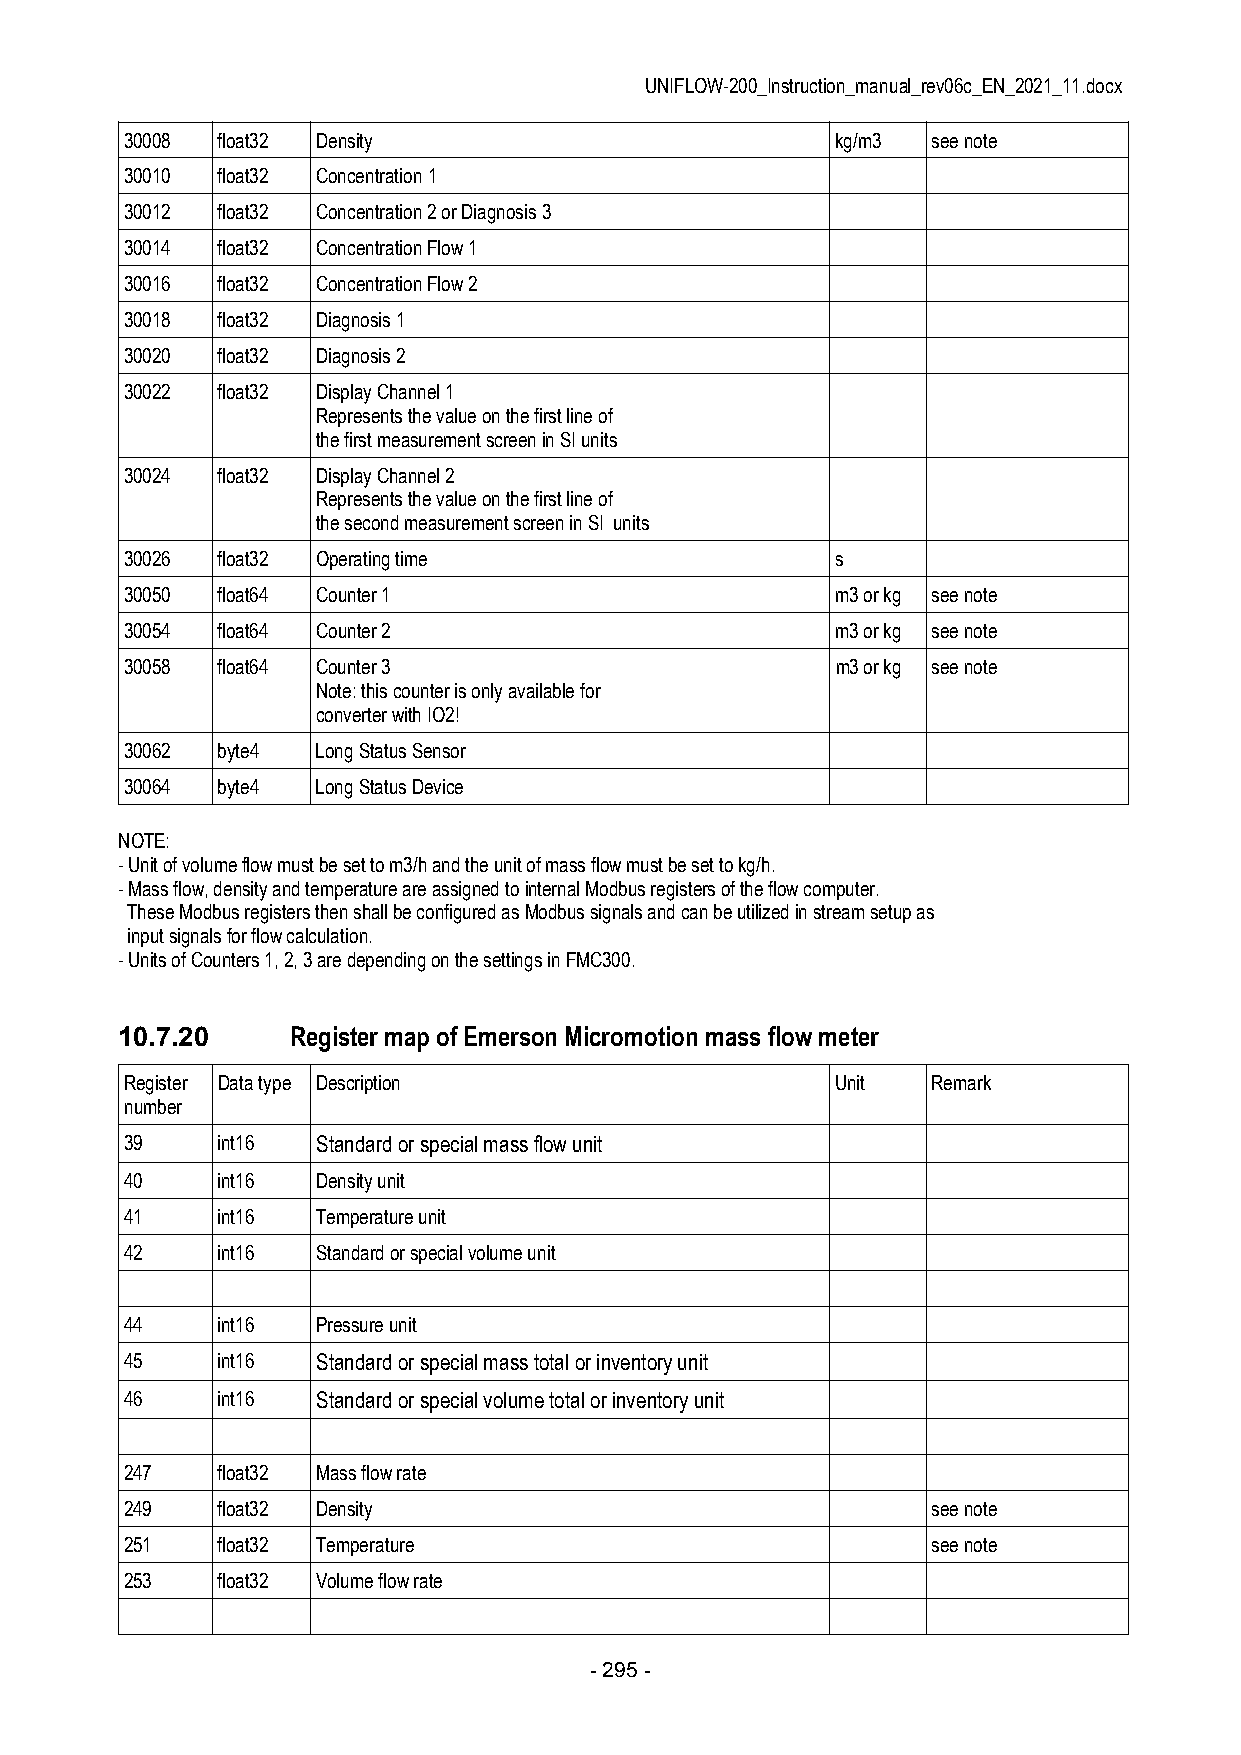
UNIFLOW-200_Instruction_manual_rev06c_EN_2021_11.docx
 30008 float32 Density                          kg/m3  see note
 30010 float32 Concentration 1
 30012 float32 Concentration 2 or Diagnosis 3
 30014 float32 Concentration Flow 1
 30016 float32 Concentration Flow 2
 30018 float32 Diagnosis 1
 30020 float32 Diagnosis 2
 30022 float32 Display Channel 1
 Represents the value on the first line of
 the first measurement screen in SI units
 30024 float32 Display Channel 2
 Represents the value on the first line of
 the second measurement screen in SI units
 30026 float32 Operating time                   s
 30050 float64 Counter 1                        m3 or kg see note
 30054 float64 Counter 2                        m3 or kg see note
 30058 float64 Counter 3                        m3 or kg see note
 Note: this counter is only available for
 converter with IO2!
 30062 byte4  Long Status Sensor
 30064 byte4  Long Status Device
 NOTE:
 - Unit of volume flow must be set to m3/h and the unit of mass flow must be set to kg/h.
 - Mass flow, density and temperature are assigned to internal Modbus registers of the flow computer.
 These Modbus registers then shall be configured as Modbus signals and can be utilized in stream setup as
 input signals for flow calculation.
 - Units of Counters 1, 2, 3 are depending on the settings in FMC300.
 10.7.20    Register map of Emerson Micromotion mass flow meter
 Register Data type Description                 Unit   Remark
 number
 39    int16  Standard or special mass flow unit
 40    int16  Density unit
 41    int16  Temperature unit
 42    int16  Standard or special volume unit
 44    int16  Pressure unit
 45    int16  Standard or special mass total or inventory unit
 46    int16  Standard or special volume total or inventory unit
 247   float32 Mass flow rate
 249   float32 Density                                 see note
 251   float32 Temperature                             see note
 253   float32 Volume flow rate
 - 295 -